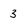
Character: 3